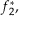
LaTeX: f _ { 2 } ^ { * } ,